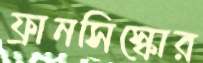
ফ্রানসিস্কোর